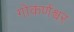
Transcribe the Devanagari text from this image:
गोकर्णश्वर